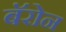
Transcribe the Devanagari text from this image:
बॅरोन